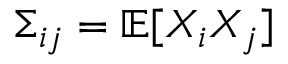
\Sigma _ { i j } = \mathbb { E } [ X _ { i } X _ { j } ]